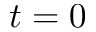
t = 0